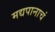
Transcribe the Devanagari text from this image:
मद्यपानाचं